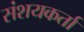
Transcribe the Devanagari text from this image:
संशयकर्ता